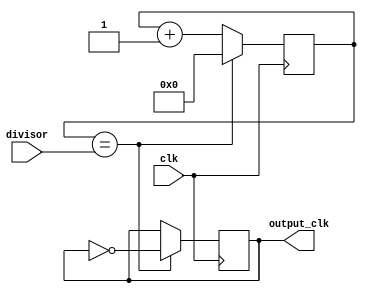
module clock_divider (
    input wire clk, // input clock signal
    input wire [7:0] divisor, // programmable value for clock division
    output reg output_clk // divided clock signal
);

reg [7:0] counter;

always @(posedge clk) begin
    if (counter == divisor) begin
        counter <= 0;
        output_clk <= ~output_clk; // toggle output clock signal
    end else begin
        counter <= counter + 1;
    end
end

endmodule